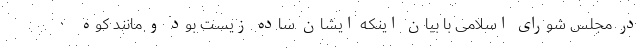
در مجلس شورای اسلامی با بیان اینکه ایشان ساده زیست بود و مانند کوه